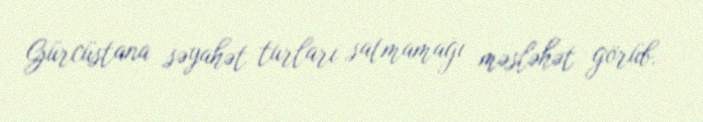
Gürcüstana səyahət turları satmamağı məsləhət görüb.